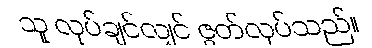
သူ လုပ်ချင်လျှင် ဇွတ်လုပ်သည်။